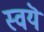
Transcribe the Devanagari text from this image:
स्वयॆ